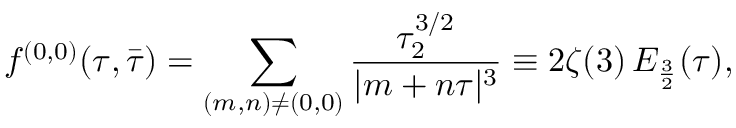
{ f ^ { ( 0 , 0 ) } ( \tau , \bar { \tau } ) = \sum _ { ( m , n ) \ne ( 0 , 0 ) } { \frac { \tau _ { 2 } ^ { 3 / 2 } } { | m + n \tau | ^ { 3 } } } \equiv 2 \zeta ( 3 ) \, E _ { \frac { 3 } { 2 } } ( \tau ) , }